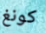
كونغ